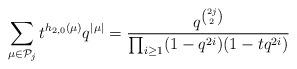
LaTeX: \begin{align*}\sum_{\mu\in \mathcal{P}_j}t^{h_{2,0}(\mu)}q^{|\mu|}=\frac{q^{2j\choose 2}}{\prod_{i\geq 1}(1-q^{2i})(1-tq^{2i})}\end{align*}